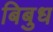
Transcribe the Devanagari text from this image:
बिबुध